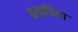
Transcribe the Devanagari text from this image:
तयाचिया